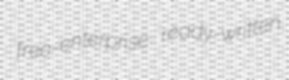
free-enterprise ready-written